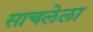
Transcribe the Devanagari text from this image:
साचलेला